Annual report on the Civil Veterinary Department, Burma (including the Insein Veterinary School) - 1910-1922
Year: 1910
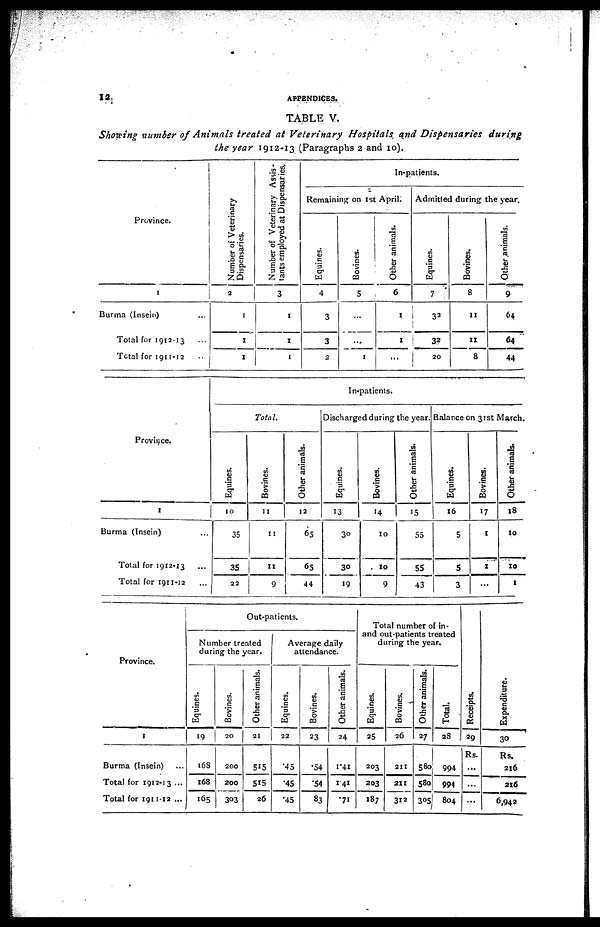
12
APPENDICES.
TABLE V.
Showing number of Animals treated at Veterinary Hospitals and Dispensaries during
the year 1912-13 (Paragraphs 2 and 10).
Province.
1
Burma (Insein) ...
Total for 1912-13 ...
Total for 1911-12 ...
Number of Veterinary
Dispensaries.
2
1
1
1
Number of Veterinary Assis-
tants employed at Dispensaries.
3
1
1
1
In-patients.
Remaining on 1st April.
Equines.
4
3
3
2
Bovines.
5
...
...
1
Other animals.
6
1
1
...
Admitted during the year.
Equines.
7
32
32
20
Bovines.
8
11
11
8
Ot her animals.
9
64
64
44
Province.
1
Burma (Insein) ...
Total for 1912-13 ...
Total for 1911-12 ...
In-patients.
Total.
Equines.
10
35
35
22
Bovines.
11
11
11
9
Other animals.
12
65
65
44
Discharged during the year.
Equines.
13
30
30
19
Bovines.
14
10
10
9
Other animals.
15
55
55
43
Balance on 31st March.
Equines.
16
5
5
3
Bovines.
17
1
1
...
Other animals.
18
10
10
I
Province.
1
Burma (Insein) ...
Total for 1912-13 ...
Total for 1911-12 ...
Out-patients.
Number treated
during the year.
Equines.
19
168
168
165
Bovines.
20
200
200
303
Other animals.
21
515
515
26
Average daily
attendance.
Equines.
22
145
.45
45
Bovines.
23
.54
.54
83
Other animals.
24
1.41
1.41
71
Total number of in-
and out-patients treated
during the year.
Equines.
25
203
203
187
Bovines.
26
211
211
312
Other animals.
27
580
580
305
Total.
28
994
994
804
Receipts.
29
Rs.
...
...
...
Expendi t
ur e.
30
Rs.
216
216
6,942